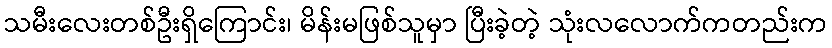
သမီးလေးတစ်ဦးရှိကြောင်း၊ မိန်းမဖြစ်သူမှာ ပြီးခဲ့တဲ့ သုံးလလောက်ကတည်းက